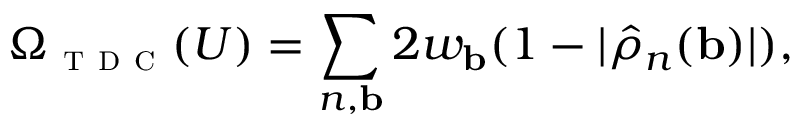
\Omega _ { \textsc { t d c } } ( U ) = \sum _ { n , \mathbf { b } } 2 w _ { \mathbf { b } } ( 1 - | \hat { \rho } _ { n } ( \mathbf { b } ) | ) ,